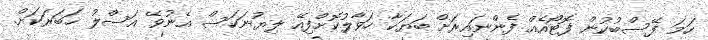
ހަމަ ފޭސްބުކުން ފޮޓޯއެއް ފެންނައިރަށް ބަޔަކާ ހަވާލުކޮށްފިއޭ ލިޔުނަކަސް އެނުވޭ އަސްލު ޚަބަރަކަށް.